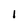
Character: 1